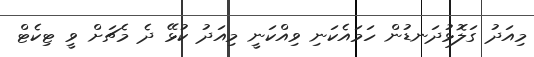
މިއަދު ގަލޮޅުދަނޑުން ހަމައެކަނި ވިއްކަނީ މިއަދު ކުޅޭ ދެ މެޗަށް ވީ ޓިކެޓް